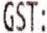
GST: